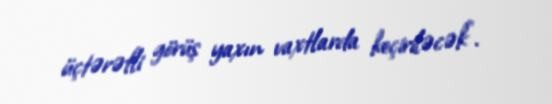
üçtərəfli görüş yaxın vaxtlarda keçiriləcək".